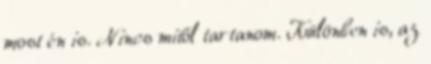
most én is. Nincs mitől tartanom. Különben is, az